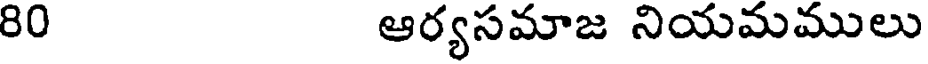
80 ఆర్యసమాజ నియమములు